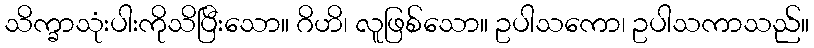
သိက္ခာသုံးပါးကိုသိပြီးသော။ ဂိဟိ၊ လူဖြစ်သော။ ဥပါသကော၊ ဥပါသကာသည်။